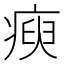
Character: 瘐